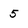
Character: 5